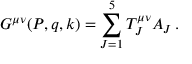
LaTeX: G ^ { \mu \nu } ( P , q , k ) = \sum _ { J = 1 } ^ { 5 } T _ { J } ^ { \mu \nu } A _ { J } \, .